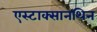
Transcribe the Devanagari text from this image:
एस्टाक्सानथिन